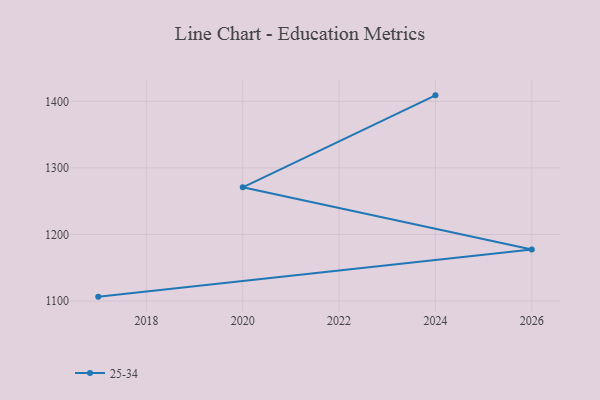
{"axis": {"x": "Year", "y": "Revenue (USD Million)"}, "legend": ["25-34"], "data": [{"x": "2017", "y": 1106.6, "type": "25-34"}, {"x": "2026", "y": 1177.3, "type": "25-34"}, {"x": "2020", "y": 1270.9, "type": "25-34"}, {"x": "2024", "y": 1409.1, "type": "25-34"}]}